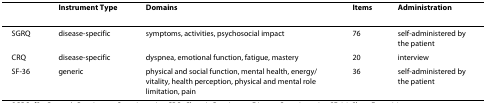
<table><thead><tr><td></td><td><b>Instrument Type</b></td><td><b>Domains</b></td><td><b>Items</b></td><td><b>Administration</b></td></tr></thead><tbody><tr><td>SGRQ</td><td>disease-specific</td><td>symptoms, activities, psychosocial impact</td><td>76</td><td>self-administered by the patient</td></tr><tr><td>CRQ</td><td>disease-specific</td><td>dyspnea, emotional function, fatigue, mastery</td><td>20</td><td>interview</td></tr><tr><td>SF-36</td><td>generic</td><td>physical and social function, mental health, energy/vitality, health perception, physical and mental role limitation, pain</td><td>36</td><td>self-administered by the patient</td></tr></tbody></table>